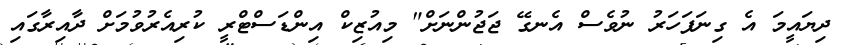
ދިޔައީމަ އެ ގިނަފަހަރު ނުވެސް އެނގޭ ޖަޖުންނަށް" މިއުޒިކް އިންޑަސްޓްރީ ކުރިއެރުވުމަށް ދާއިރާގައި